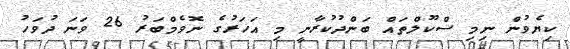
ކިޔެވުން ނިމި ސްކޫލްތައް ބަންދުކުރާނީ މި އަހަރުގެ ނޮވެމްބަރު 26 ވަނަ ދުވަހު